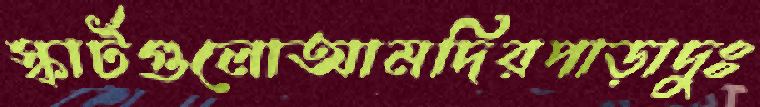
স্কার্টগুলোআমদিরপাড়াদুঃ